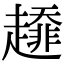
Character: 𧾁